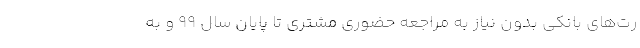
رت‌های بانکی بدون نیاز به مراجعه حضوری مشتری تا پایان سال ۹۹ و به